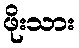
ဖိုးသား